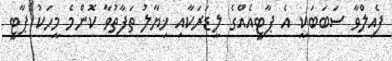
ފެއިލްވާ ސަބަބަކީ އެ ޕާޓީއެއްގެ ލީޑަރަކާއި ޚިޔާލު ތަފާތުވާ ކޮންމެ މީހަކު ޕާޓީ